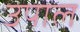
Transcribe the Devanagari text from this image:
उपाल